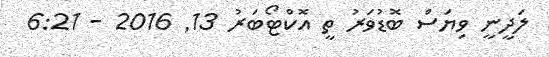
ލަދީނީ ވިޔަސް ބޮޑުވަރު ތީ އޮކްޓޯބަރު 13